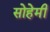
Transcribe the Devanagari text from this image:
सोहेमी